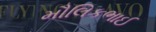
મૌલિકભાઈ